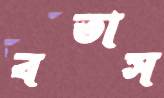
বতাস